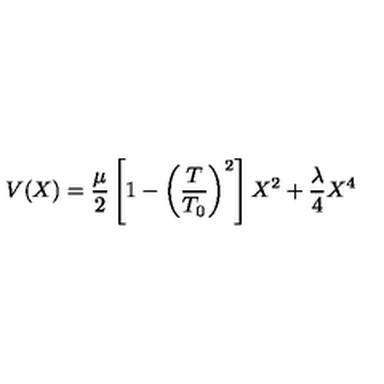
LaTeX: V ( X ) = { \frac { \mu } { 2 } } \left[ 1 - \left( { \frac { T } { T _ { 0 } } } \right) ^ { 2 } \right] X ^ { 2 } + { \frac { \lambda } { 4 } } X ^ { 4 }